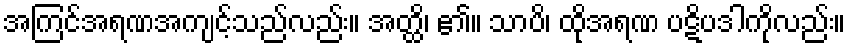
အကြင်အရဏအကျင့်သည်လည်း။ အတ္ထိ၊ ၏။ သာပိ၊ ထိုအရဏ ပဋိပဒါကိုလည်း။